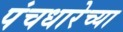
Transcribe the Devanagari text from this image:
पंचधारेच्या